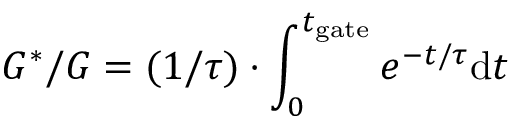
G ^ { * } / G = ( 1 / \tau ) \cdot \int _ { 0 } ^ { t _ { \mathrm { g a t e } } } e ^ { - t / \tau } \mathrm { d } t